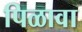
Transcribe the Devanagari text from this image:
पिळावा